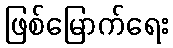
ဖြစ်မြောက်ရေး